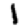
Digit: 1